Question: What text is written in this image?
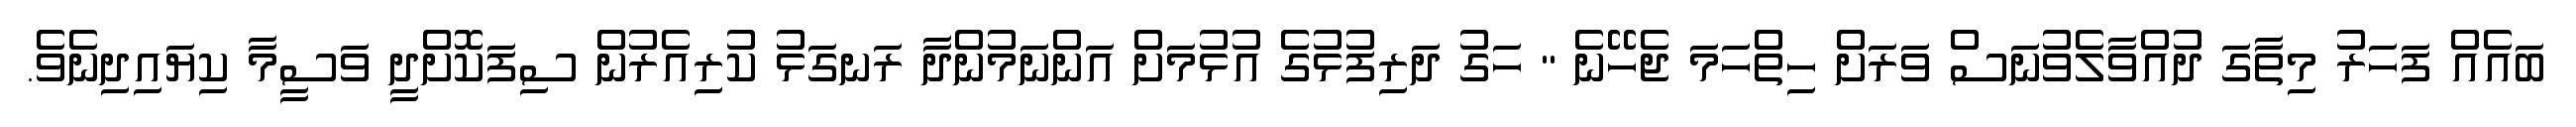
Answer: ބައެއް ފަހަރު މިތާގަ ދުއްވާލެވުނަސް ވަރަށް ހިތްހަމަ ޖެހޭނެ " ހަގު ދަރިފުޅުގެ އުޅުމަށް އަންނަމުންދާ ރަނގަޅު ކުރިއެރުން ސިފަކޮށްދީ ވަސީމާ ކިޔައިދިނެވެ.